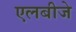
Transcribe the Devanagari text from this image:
एलबीजे